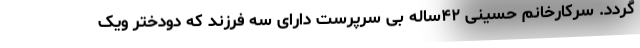
گردد. سرکارخانم حسینی ۴۲ساله بی سرپرست دارای سه فرزند که دودختر ویک